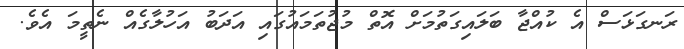
ރަނގަޅަސް އެ ކުއްޖާ ބަލައިގަތުމަށް އޮތް މުޖުތަމައުގައި އަދަބު އަހުލާގެއް ނެތީމަ އެވެ.